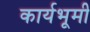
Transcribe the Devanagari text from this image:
कार्यभूमी